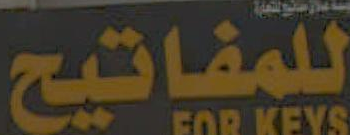
للمفاتيح